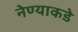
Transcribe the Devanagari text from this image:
नेण्याकडे